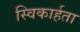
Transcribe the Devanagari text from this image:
स्विकार्हता